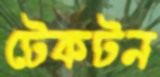
টেকটন